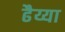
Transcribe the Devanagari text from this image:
ढैय्या